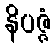
နိပဇ္ဇံ